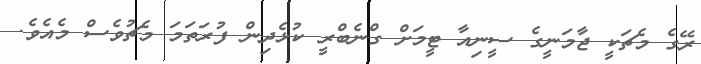
ރޭގެ މެޗަކީ ޖާމަނީގެ ސީނިއާ ޓީމަށް ގްނެބްރީ ކުޅެދިން ފުރަތަމަ މެޗުވެސް މެއެވެ.